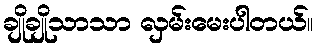
ချိုချိုသာသာ လှမ်းမေးပါတယ်။